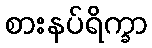
စားနပ်ရိက္ခာ